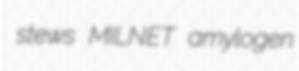
stews MILNET amylogen